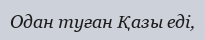
Одан туған Қазы еді,